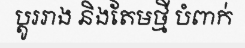
ប្តូររាង និងតែមថ្មី បំពាក់